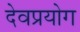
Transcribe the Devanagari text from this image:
देवप्रयोग